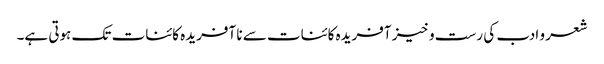
شعر و ادب کی رست و خیز آفریدہ کائنات سے نا آفریدہ کائنات تک ہوتی ہے۔